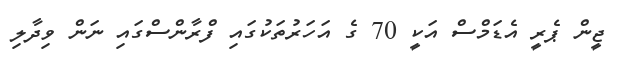
ޖީން ޕެރީ އެޑަމްސް އަކީ 70 ގެ އަހަރުތަކުގައި ފްރާންސްގައި ނަން ވިދާލި